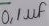
Text: 0,1µf